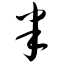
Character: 半